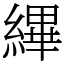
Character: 縪